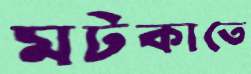
মটকাতে